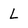
Character: L